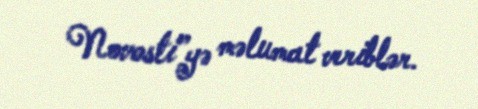
Novosti”yə məlumat veriblər.